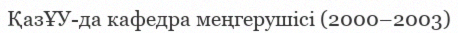
ҚазҰУ-да кафедра меңгерушісі (2000–2003)